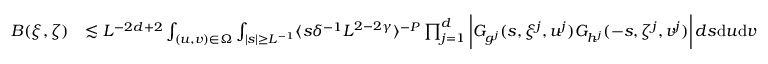
\begin{array} { r l } { B ( \xi , \zeta ) } & { \lesssim L ^ { - 2 d + 2 } \int _ { ( u , v ) \in \Omega } \int _ { | s | \geq L ^ { - 1 } } \langle s \delta ^ { - 1 } L ^ { 2 - 2 \gamma } \rangle ^ { - P } \prod _ { j = 1 } ^ { d } \bigg | G _ { g ^ { j } } ( s , \xi ^ { j } , u ^ { j } ) G _ { h ^ { j } } ( - s , \zeta ^ { j } , v ^ { j } ) \bigg | \, d s \mathrm { d } u \mathrm { d } v } \end{array}